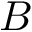
B